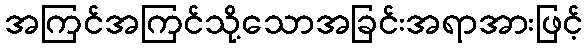
အကြင်အကြင်သို့သောအခြင်းအရာအားဖြင့်